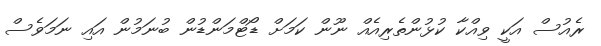
ރެއުސް އަކީ ވިއްކާ ކުޅުންތެރިއެއް ނޫން ކަމަށް ޑޯޓްމަންޑުން ބުނަމުން އައި ނަމަވެސް